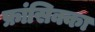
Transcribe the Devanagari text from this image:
फ्रांसिक्का